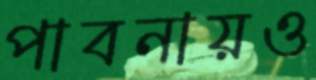
পাবনায়ও